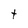
Character: t